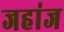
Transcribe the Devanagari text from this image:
जहांज